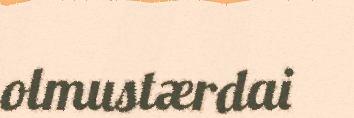
olmustærdai